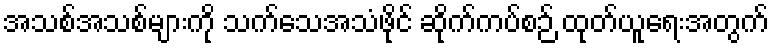
အသစ်အသစ်များကို သက်သေအသံဖိုင် ဆိုက်ကပ်စဉ် ထုတ်ယူရေးအတွက်